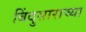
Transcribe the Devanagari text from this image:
बिंदुसाराच्या